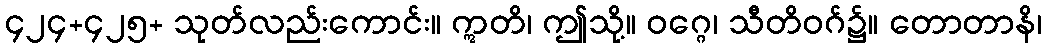
၄၂၄+၄၂၅+ သုတ်လည်းကောင်း။ ဣတိ၊ ဤသို့။ ဝဂ္ဂေ၊ သီတိဝဂ်၌။ တောတာနိ၊